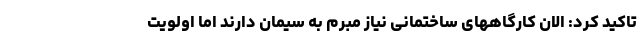
تاکید کرد: الان کارگاههای ساختمانی نیاز مبرم به سیمان دارند اما اولویت